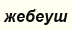
жебеуш